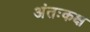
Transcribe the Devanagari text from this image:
अंतःकक्ष